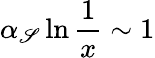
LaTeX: \alpha_{\mathscr{S}}\ln{\frac{{1}}{{x}}}\sim1